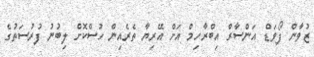
ޒުވާން ފޯވަޑް އަންސާރް އިބްރާހިމް އަށް އޭރިޔާ ތެރެއިން ހުސްކޮށް ލިބުނު ފުރުސަތުގެ